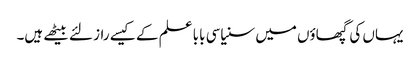
یہاں کی گپھاؤں میں سنیاسی بابا علم کے کیسے راز لئے بیٹھے ہیں۔